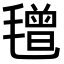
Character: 𣯿